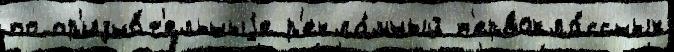
по пр'изна́т'ельныjе р'екла́мный п'ервокла́ссных